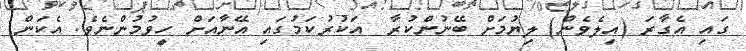
ގައި އެގާރަ (އިލެވެން) ލިޔުމަށް ބޭނުންކުރާ  އަކުރުކަމުގައި އޭނާއަށް ހީވުމުންނެވެ. އެކަން